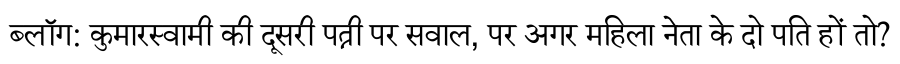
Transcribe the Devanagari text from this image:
ब्लॉग: कुमारस्वामी की दूसरी पत्नी पर सवाल, पर अगर महिला नेता के दो पति हों तो?